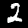
Digit: 2